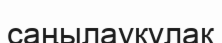
саңылаукұлақ